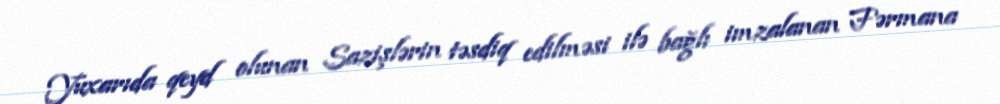
Yuxarıda qeyd olunan Sazişlərin təsdiq edilməsi ilə bağlı imzalanan Fərmana